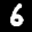
Label: 6